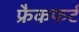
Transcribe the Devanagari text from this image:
फ्रैकफर्ट